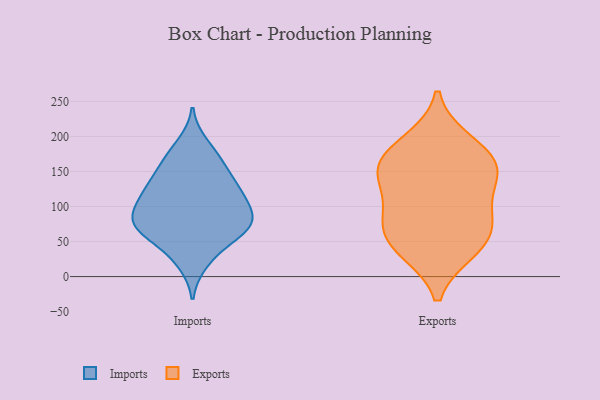
{"axis": {"x": "Page Views", "y": "Value"}, "legend": ["Exports", "Imports"], "data": [{"x": "", "y": 124, "type": "Imports"}, {"x": "", "y": 61, "type": "Imports"}, {"x": "", "y": 64, "type": "Imports"}, {"x": "", "y": 86, "type": "Imports"}, {"x": "", "y": 70, "type": "Imports"}, {"x": "", "y": 131, "type": "Imports"}, {"x": "", "y": 100, "type": "Imports"}, {"x": "", "y": 154, "type": "Imports"}, {"x": "", "y": 85, "type": "Imports"}, {"x": "", "y": 171, "type": "Imports"}, {"x": "", "y": 162, "type": "Imports"}, {"x": "", "y": 33, "type": "Imports"}, {"x": "", "y": 79, "type": "Imports"}, {"x": "", "y": 76, "type": "Imports"}, {"x": "", "y": 189, "type": "Imports"}, {"x": "", "y": 116, "type": "Imports"}, {"x": "", "y": 127, "type": "Imports"}, {"x": "", "y": 68, "type": "Imports"}, {"x": "", "y": 112, "type": "Imports"}, {"x": "", "y": 20, "type": "Imports"}, {"x": "", "y": 193, "type": "Exports"}, {"x": "", "y": 97, "type": "Exports"}, {"x": "", "y": 145, "type": "Exports"}, {"x": "", "y": 87, "type": "Exports"}, {"x": "", "y": 38, "type": "Exports"}, {"x": "", "y": 58, "type": "Exports"}, {"x": "", "y": 153, "type": "Exports"}, {"x": "", "y": 157, "type": "Exports"}, {"x": "", "y": 37, "type": "Exports"}, {"x": "", "y": 142, "type": "Exports"}, {"x": "", "y": 181, "type": "Exports"}, {"x": "", "y": 73, "type": "Exports"}]}